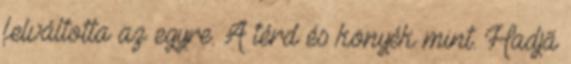
felváltotta az egyre. A térd és könyék mint. Hadjã